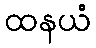
ထနယံ